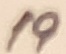
Text: 19